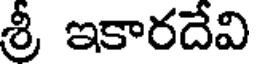
శ్రీ ఇకారదేవి